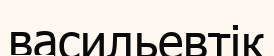
васильевтік